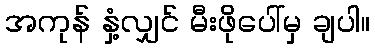
အကုန် နှံ့လျှင် မီးဖိုပေါ်မှ ချပါ။